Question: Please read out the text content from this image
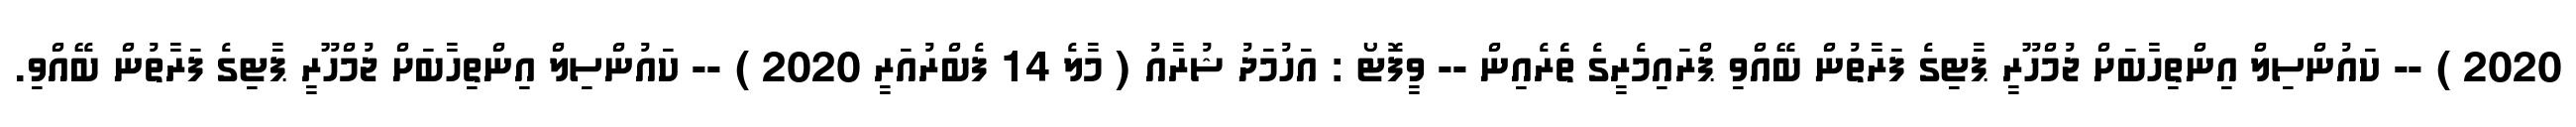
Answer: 2020 ) -- ކައުންސިލް އިންތިހާބަށް ޖުމްހޫރީ ޕާޓިގެ ފަރާތުން ބޭއްވި ޕްރައިމެރީގެ ތެެރެއިން -- ވީފޮޓޯ : އަހުމަދު ޝުރާއު ( މާލެ 14 ފެބްރުއަރީ 2020 ) -- ކައުންސިލް އިންތިހާބަށް ޖުމްހޫރީ ޕާޓިގެ ފަރާތުން ބޭއްވި.